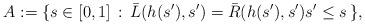
LaTeX: \begin{align*}A:=\{s\in\lbrack0,1]\,:\,\bar{L}(h(s^{\prime}),s^{\prime})=\bar{R}(h(s^{\prime}),s^{\prime})s^{\prime}\leq s\,\},\end{align*}